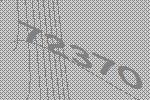
72370